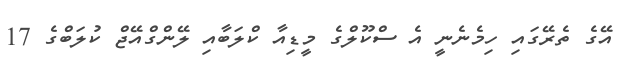
އޭގެ ތެރޭގައި ހިމެނެނީ އެ ސްކޫލްގެ މީޑިއާ ކްލަބާއި ލޭންގްއޭޖް ކުލަބްގެ 17